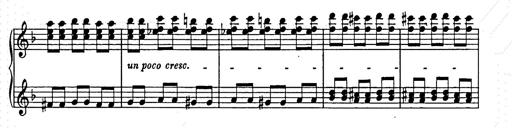
Title: Weihnachtsbaum
Composer: Franz Liszt